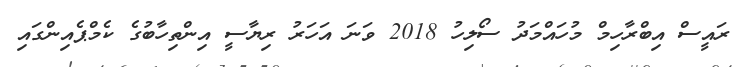
ރައީސް އިބްރާހިމް މުހައްމަދު ސޯލިހު 2018 ވަނަ އަހަރު ރިޔާސީ އިންތިހާބުގެ ކެމްޕެއިންގައި